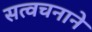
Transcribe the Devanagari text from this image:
सत्वचनाने